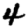
Digit: 4